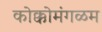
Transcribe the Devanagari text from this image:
कोक्कोमंगळम